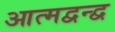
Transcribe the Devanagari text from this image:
आत्मद्वन्द्व